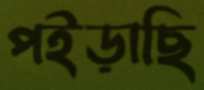
পইড়াছি